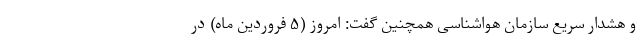
و هشدار سریع سازمان هواشناسی همچنین گفت: امروز (۵ فروردین ماه) در